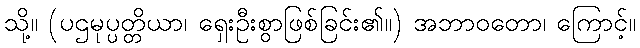
သို့။ (ပဌမုပ္ပတ္တိယာ၊ ရှေးဦးစွာဖြစ်ခြင်း၏။) အဘာဝတော၊ ကြောင့်။